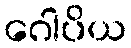
ဂေါပိယ